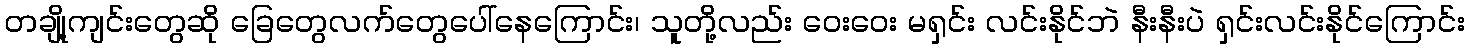
တချို့ကျင်းတွေဆို ခြေတွေလက်တွေပေါ်နေကြောင်း၊ သူတို့လည်း ဝေးဝေး မရှင်း လင်းနိုင်ဘဲ နီးနီးပဲ ရှင်းလင်းနိုင်ကြောင်း